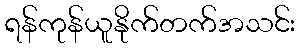
ရန်ကုန်ယူနိုက်တက်အသင်း